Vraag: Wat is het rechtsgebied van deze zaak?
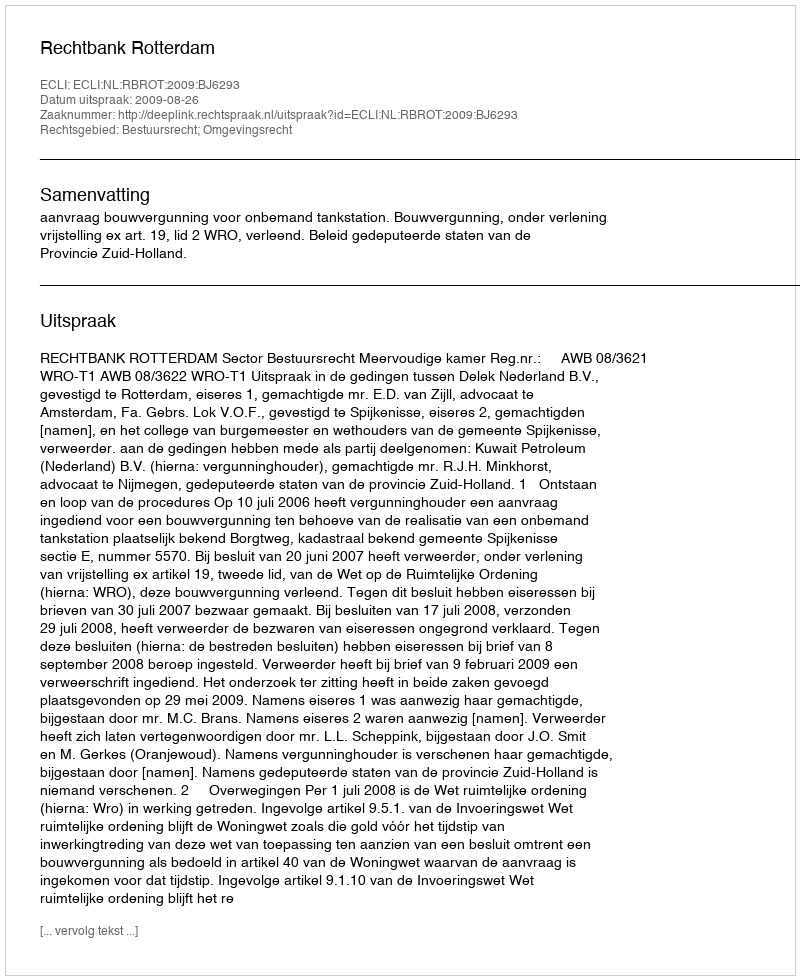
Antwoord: Bestuursrecht; Omgevingsrecht